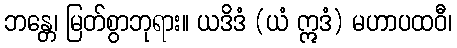
ဘန္တေ၊ မြတ်စွာဘုရား။ ယဒိဒံ (ယံ ဣဒံ) မဟာပထဝီ၊